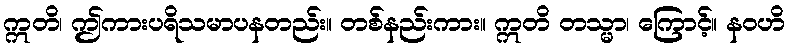
ဣတိ၊ ဤကားပရိသမာပနတည်း။ တစ်နည်းကား။ ဣတိ တသ္မာ၊ ကြောင့်။ နဝဟိ